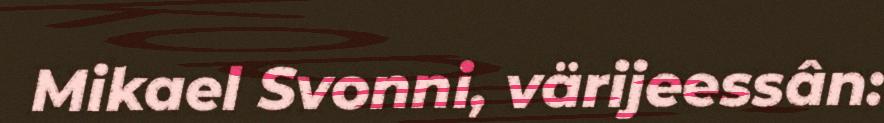
Mikael Svonni, värijeessân: